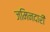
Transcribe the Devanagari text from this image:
जमिनदारी